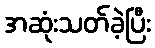
အဆုံးသတ်ခဲ့ပြီး